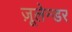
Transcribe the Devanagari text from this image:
ज़ूलेन्डर